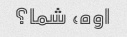
اوه، شما؟